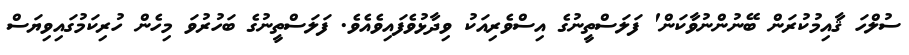
ސުލްހަ ޤާއިމުކުރަން ބޭނުންނުވާކަން' ފަލަސްތީނުގެ އިސްވެރިއަކު ވިދާޅުވެފައިވެއެވެ. ފަލަސްތީނުގެ ބަހުރުވަ މިހެން ހުރިކަމުގައިވިޔަސް